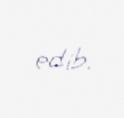
edib.